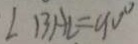
\angle B A C = 9 0 ^ { \circ }